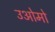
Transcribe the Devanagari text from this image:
उओमो